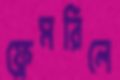
ফ্রেমরিলে